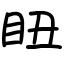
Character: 𥄨